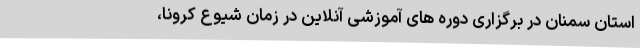
استان سمنان در برگزاری دوره های آموزشی آنلاین در زمان شیوع کرونا،